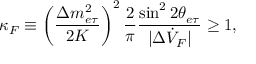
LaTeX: \kappa _ { F } \equiv \left( \frac { \Delta m _ { e \tau } ^ { 2 } } { 2 K } \right) ^ { 2 } \frac { 2 } { \pi } \frac { \sin ^ { 2 } 2 \theta _ { e \tau } } { | \Delta \dot { V } _ { F } | } \geq 1 ,